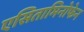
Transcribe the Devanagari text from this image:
एसितामिनोफेन